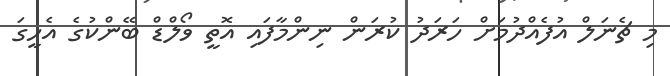
މި ޗެނަލް އުފެއްދުމަށް ހަރަދު ކުރަން ނިންމާފައި އޮތީ ވޯލްޑް ބޭންކުގެ އެހީގަ